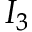
I _ { 3 }